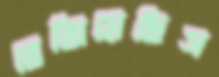
ভেজিয়েছিস